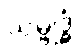
သမ္ဗုဒ္ဓံ